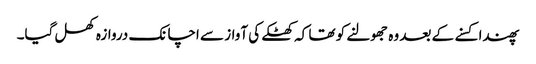
پھندا کسنے کے بعد وہ جھولنے کو تھا کہ کھٹکے کی آواز سے اچانک دروازہ کھل گیا۔